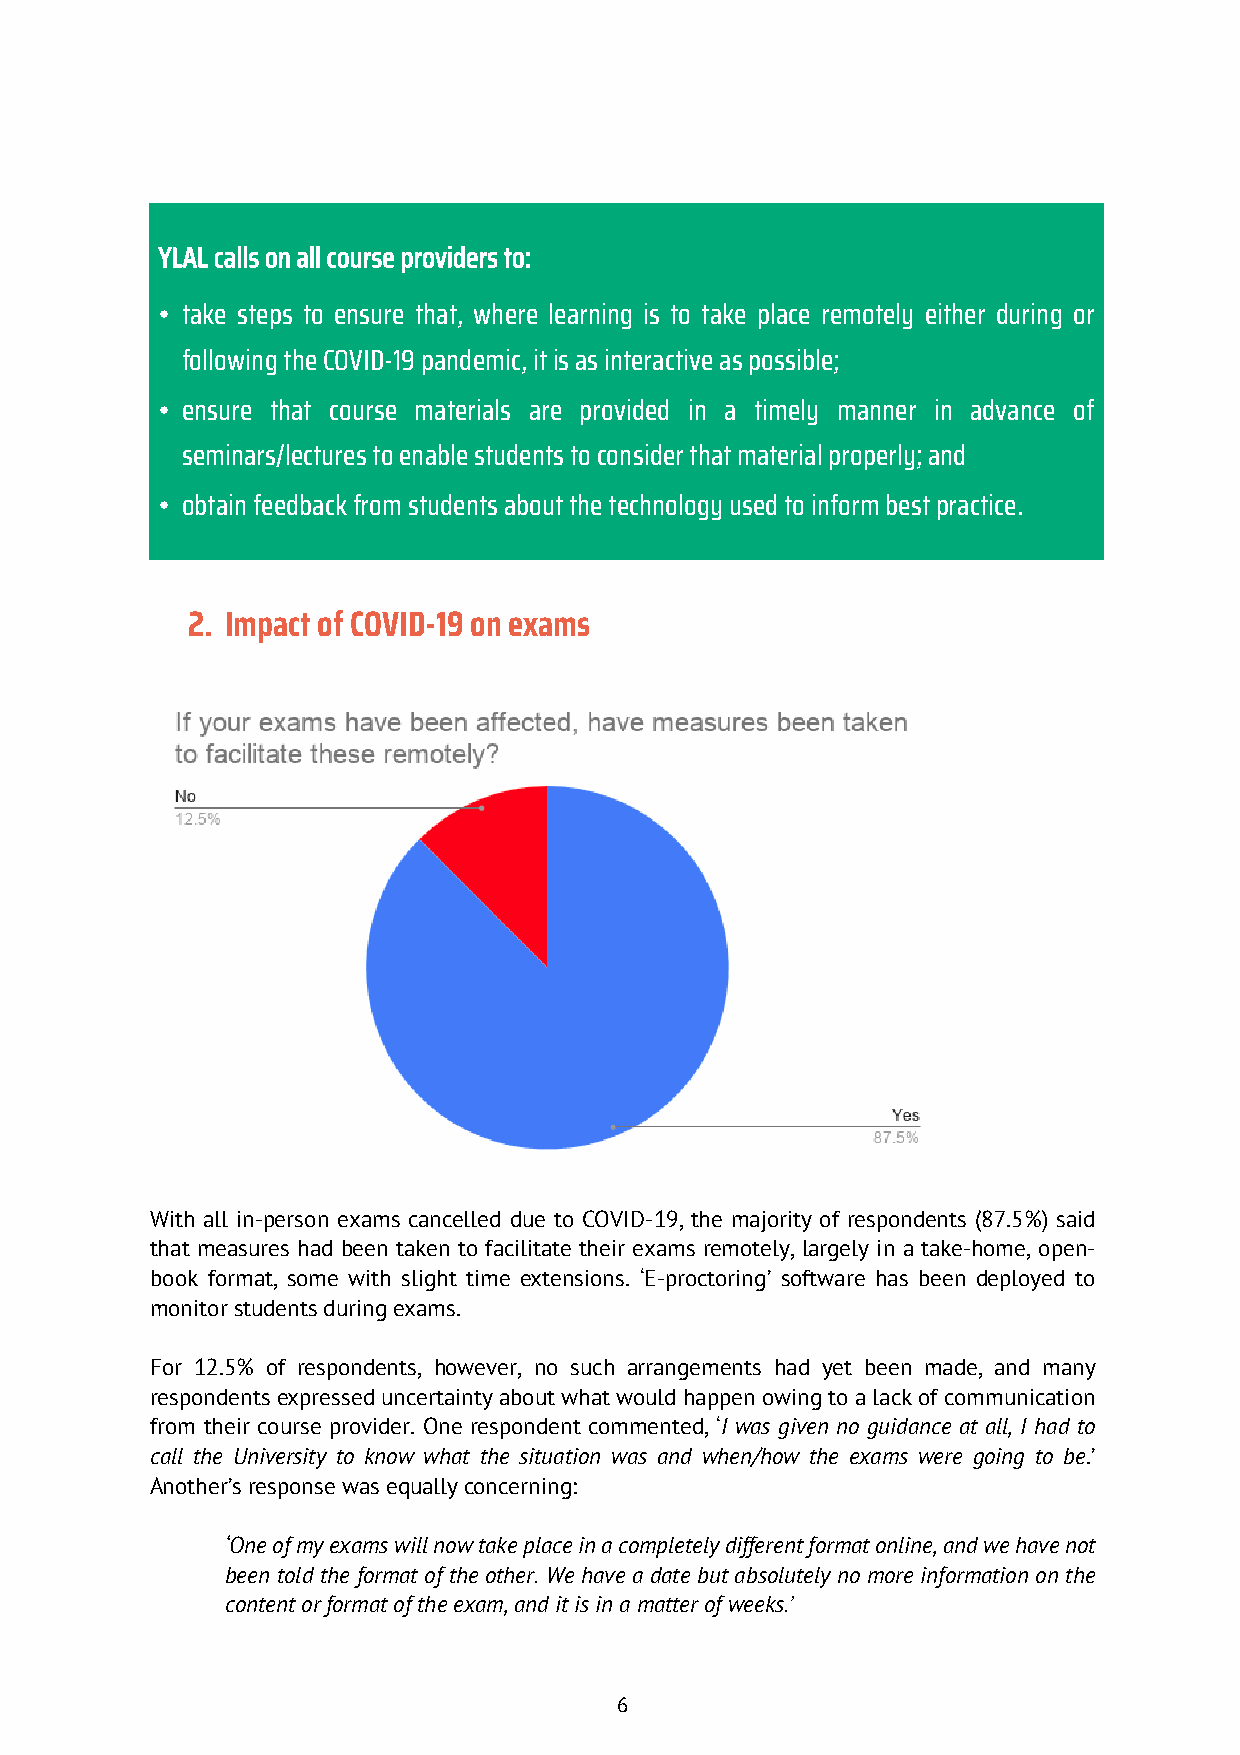
YLAL calls on all course providers to:
 • take steps to ensure that, where learning is to take place remotely either during or
 following the COVID-19 pandemic, it is as interactive as possible;
 • ensure that course materials are provided in a timely manner in advance of
 seminars/lectures to enable students to consider that material properly; and
 • obtain feedback from students about the technology used to inform best practice.
 2. Impact of COVID-19 on exams
 With all in-person exams cancelled due to COVID-19, the majority of respondents (87.5%) said
 that measures had been taken to facilitate their exams remotely, largely in a take-home, open-
 book format, some with slight time extensions. ‘E-proctoring’ software has been deployed to
 monitor students during exams.
 For 12.5% of respondents, however, no such arrangements had yet been made, and many
 respondents expressed uncertainty about what would happen owing to a lack of communication
 from their course provider. One respondent commented, ‘I was given no guidance at all, I had to
 call the University to know what the situation was and when/how the exams were going to be.’
 Another’s response was equally concerning:
 ‘One of my exams will now take place in a completely different format online, and we have not
 been told the format of the other. We have a date but absolutely no more information on the
 content or format of the exam, and it is in a matter of weeks.’
 6